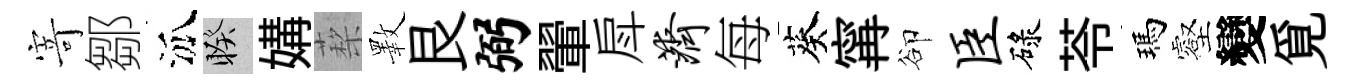
𭔃鄒泒睽媾蔾斁艮弼翬戽济每葵𡩋卻臣碌苓瑪壑變覓